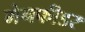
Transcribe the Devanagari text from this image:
मेनफीडर